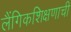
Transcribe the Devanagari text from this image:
लैंगिकशिक्षणाची